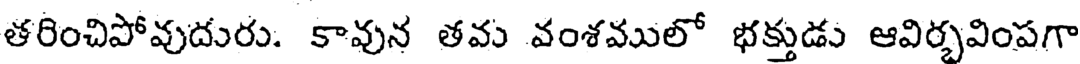
తరించిపోవుదురు. కావున తవ వంశములో భక్తుడు ఆవిర్భవింపగా